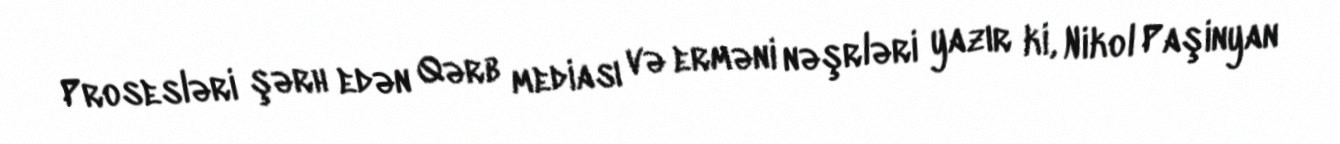
Prosesləri şərh edən Qərb mediası və erməni nəşrləri yazır ki, Nikol Paşinyan